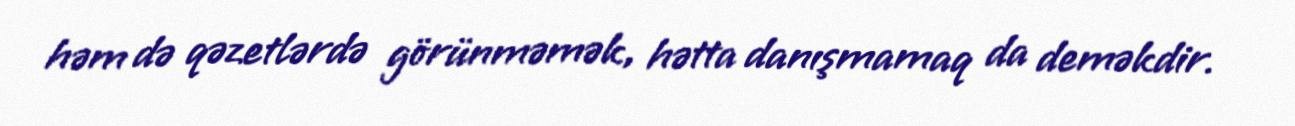
həm də qəzetlərdə görünməmək, hətta danışmamaq da deməkdir.